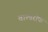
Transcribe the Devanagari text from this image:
वाल्डरोफ